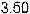
3.50